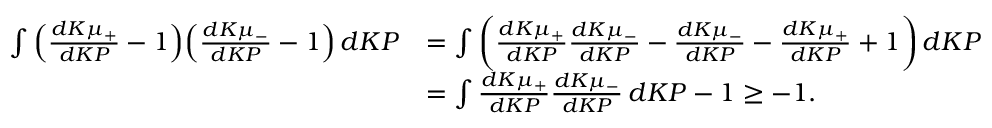
\begin{array} { r l } { \int \Big ( \frac { d K \mu _ { + } } { d K P } - 1 \Big ) \Big ( \frac { d K \mu _ { - } } { d K P } - 1 \Big ) \, d K P } & { = \int \bigg ( \frac { d K \mu _ { + } } { d K P } \frac { d K \mu _ { - } } { d K P } - \frac { d K \mu _ { - } } { d K P } - \frac { d K \mu _ { + } } { d K P } + 1 \bigg ) \, d K P } \\ & { = \int \frac { d K \mu _ { + } } { d K P } \frac { d K \mu _ { - } } { d K P } \, d K P - 1 \geq - 1 . } \end{array}